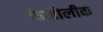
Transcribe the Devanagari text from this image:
फेनोलीक